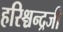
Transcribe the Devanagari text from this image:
हरिश्चन्द्रजी